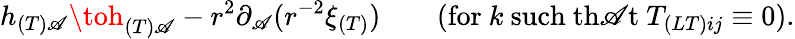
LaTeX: h_{(T)\mathscr{A}}\toh_{(T)\mathscr{A}}-r^{2}\partial_{\mathscr{A}}(r^{-2}\xi_{(T)})\qquad(\mathrm{{for}}\ k\ \mathrm{{such~th\mathscr{A}t}}\ T_{(LT)ij}\equiv0).